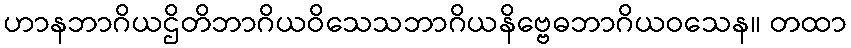
ဟာနဘာဂိယဌိတိဘာဂိယဝိသေသဘာဂိယနိဗ္ဗေဓဘာဂိယဝသေန။ တထာ